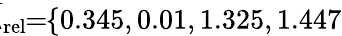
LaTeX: \! \! \! \overline{{\lambda}}_{\mathrm{{rel}}}\! \! =\! \! \{ 0.345,0.01,1.325,1.447\} \! \! \!